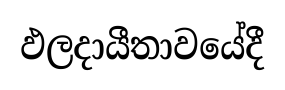
ඵලදායීතාවයේදී